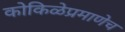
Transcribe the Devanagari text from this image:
कोकिळेप्रमाणेच